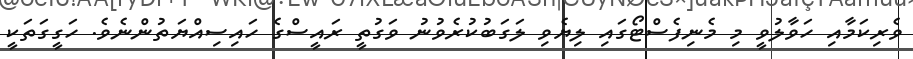
ވެެރިކަމާއި ހަވާލުވީ މި މެނިފެސްޓޯގައި ލިޔެވި ލަގަބުކުރެވުނު ވަގުތީ ރައީސްގެ ހައިސިއްްޔަތުންނެވެ. ހަގީގަތަކީ